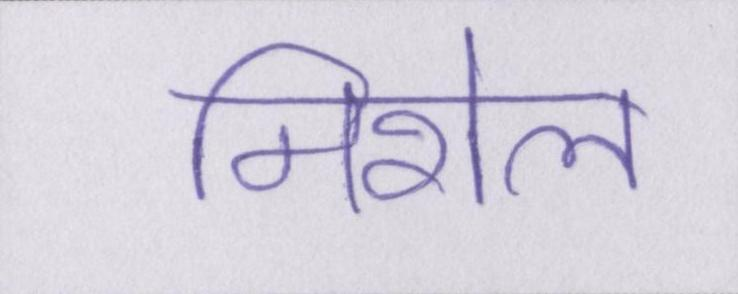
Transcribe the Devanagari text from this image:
मिशेल